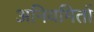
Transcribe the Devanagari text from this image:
अनियमितों